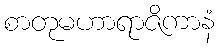
စာတုမဟာရာဇိကာနံ